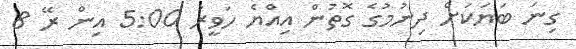
ގިނަ ބަޔަކަށް ދިނުމުގެ ގޮތުން އިއްޔެ ހަވީރު 5:00 އިން ރޭ 8